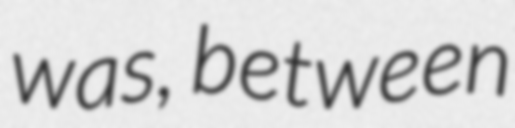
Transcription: was, between